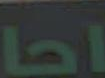
احا